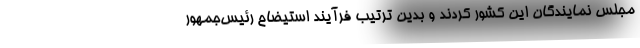
مجلس نمایندگان این کشور کردند و بدین‌ ترتیب فرآیند استیضاح رئیس‌جمهور